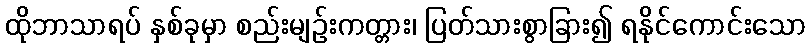
ထိုဘာသာရပ် နှစ်ခုမှာ စည်းမျဉ်းကတ္တား၊ ပြတ်သားစွာခြား၍ ရနိုင်ကောင်းသော